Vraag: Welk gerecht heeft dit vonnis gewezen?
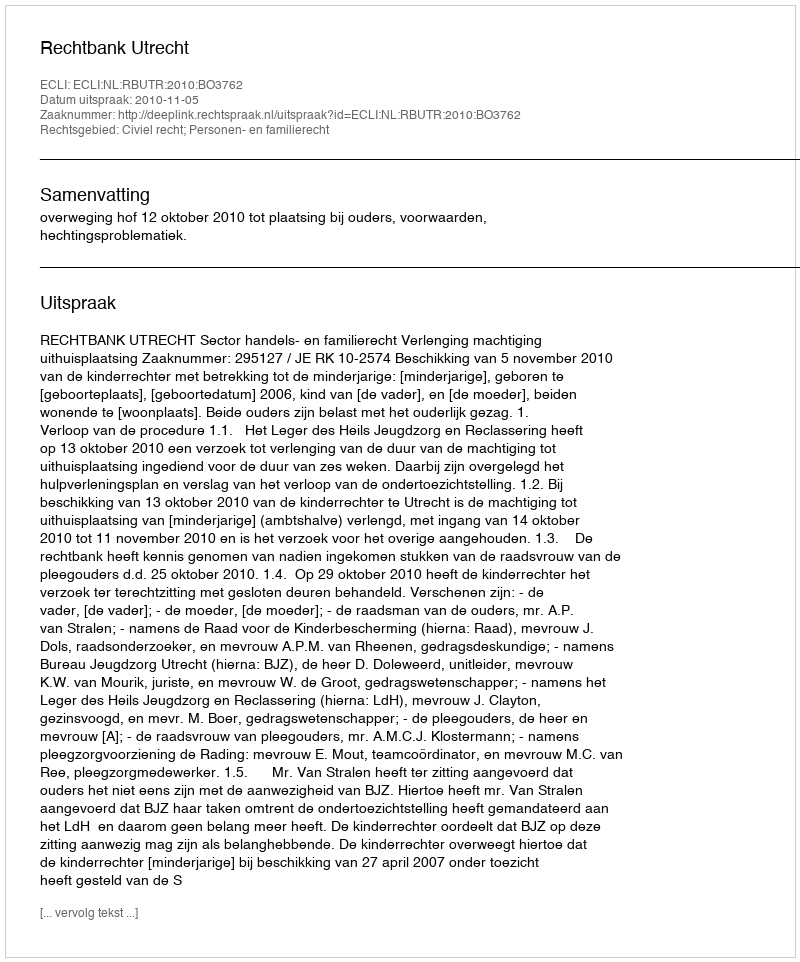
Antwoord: Rechtbank Utrecht